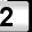
Digit: 2